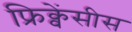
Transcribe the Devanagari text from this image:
फ्रिक्वेंसीस